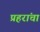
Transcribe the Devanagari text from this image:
प्रहरांचा